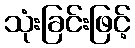
သုံးခြင်းဖြင့်